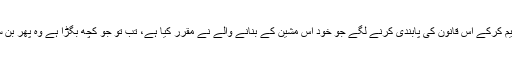
اگر آدمی اپنی حماقت سے باز آجائے اور اپنی جہالت تسلیم کرکے اس قانون کی پابندی کرنے لگے جو خود اس مشین کے بنانے والے نے مقرر کیا ہے، تب تو جو کچھ بگڑا ہے وہ پھر بن سکتا ہے، ورنہ ان مصیبتوں کا کوئی حل ممکن نہیں ہے۔